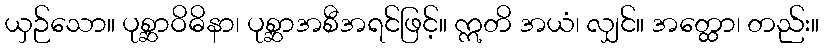
ယှဉ်သော။ ပုစ္ဆာဝိဓိနာ၊ ပုစ္ဆာအစီအရင်ဖြင့်။ ဣတိ အယံ၊ လျှင်။ အတ္ထော၊ တည်း။